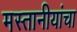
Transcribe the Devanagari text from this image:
मस्तानीयांचा